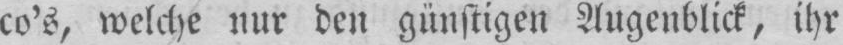
co’s, welche nur den günstigen Augenblick, ihr